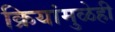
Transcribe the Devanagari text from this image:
क्रियांमुळेही